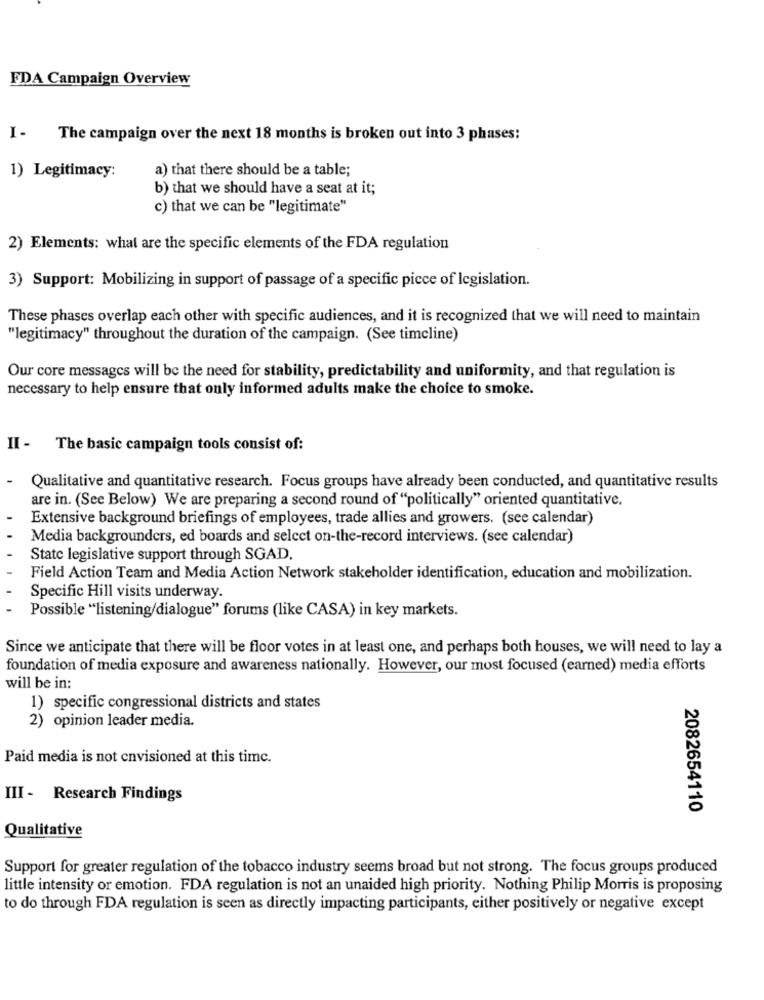
FDA Campaign Overview
The campaign over the next 18 months is broken out into 3 phases:
1) Legitimacy:
a) that there should be a table;
b) that we should have a seat at it;
c) that we can be "legitimate"
2) Elements: what are the specific elements of the FDA regulation
3) Support: Mobilizing in support of passage of a specific piece of legislation.
These phases overlap each other with specific audiences, and it is recognized that we will need to maintain
"legitimacy" throughout the duration of the campaign. (See timeline)
Our core messages will be the need for stability, predictability and uniformity, and that regulation is
necessary to help ensure that only informed adults make the choice to smoke.
II - The basic campaign tools consist of:
Qualitative and quantitative research. Focus groups have already been conducted, and quantitative results
are in. (See Below) We are preparing a second round of "politically" oriented quantitative.
Extensive background briefings of employees, trade allies and growers. (see calendar)
Media backgrounders, ed boards and select on-the-record interviews. (see calendar)
State legislative support through SGAD.
Field Action Team and Media Action Network stakeholder identification, education and mobilization.
Specific Hill visits underway.
Possible "listening/dialogue" forums (like CASA) in key markets.
Since we anticipate that there will be floor votes in at least one, and perhaps both houses, we will need to lay a
foundation of media exposure and awareness nationally. However, our most focused (earned) media efforts
will be in:
1) specific congressional districts and states
2) opinion leader media.
Paid media is not envisioned at this time.
III - Research Findings
2082654110
Qualitative
Support for greater regulation of the tobacco industry seems broad but not strong. The focus groups produced
little intensity or emotion. FDA regulation is not an unaided high priority. Nothing Philip Morris is proposing
to do through FDA regulation is seen as directly impacting participants, either positively or negative except